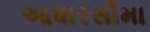
આધારસીમા